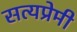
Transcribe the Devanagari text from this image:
सत्यप्रेमी